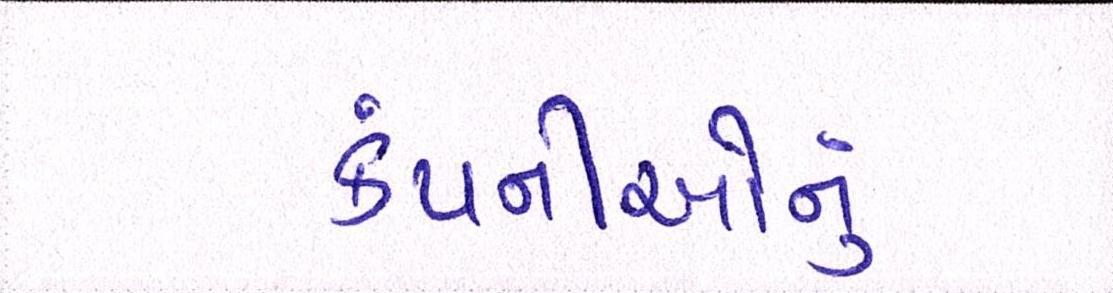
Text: કંપનીઓનું